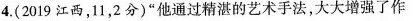
4.(2019江西，11，2分)”他通过精湛的艺术手法，大大增强了作